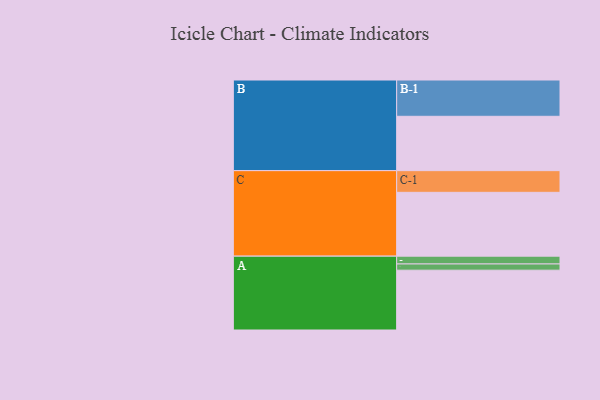
{"axis": {"x": "Segment", "y": "Value"}, "legend": ["", "A", "B", "C"], "data": [{"x": "A", "y": 491, "type": ""}, {"x": "B", "y": 446, "type": ""}, {"x": "C", "y": 524, "type": ""}, {"x": "A-1", "y": 64, "type": "A"}, {"x": "A-2", "y": 51, "type": "A"}, {"x": "B-1", "y": 298, "type": "B"}, {"x": "C-1", "y": 178, "type": "C"}]}